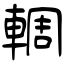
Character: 輖